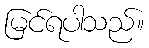
မြင်ရပါသည်။